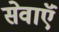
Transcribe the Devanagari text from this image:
सेवाऍं